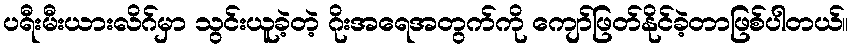
ပရီးမီးယားလိဂ်မှာ သွင်းယူခဲ့တဲ့ ဂိုးအရေအတွက်ကို ကျော်ဖြတ်နိုင်ခဲ့တာဖြစ်ပါတယ်။